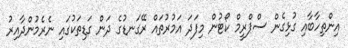
އިންތިހާބާއި ގުޅިގެން ސްޕްރީމް ކޯޓުން މިފަދަ އަމުރުތައް ރޭގަނޑުގެ ދަން ގަޑިތަކުގައި ނެރެމުންދާއިރު